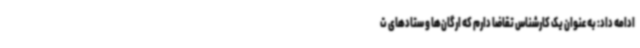
ادامه داد: به عنوان یک کارشناس تقاضا دارم که ارگان‌ها و ستادهای ت